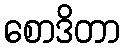
စောဒိတာ